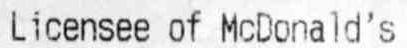
LICENSEE OF MCDONALD'S